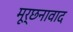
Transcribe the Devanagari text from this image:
मूर्छनावाद